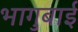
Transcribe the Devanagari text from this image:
भागुबाई